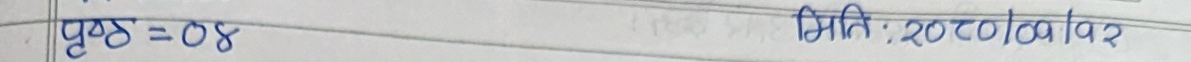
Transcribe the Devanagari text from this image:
पृष्ठ=०४ मिति:२०८०/०१/१२